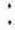
: